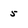
Character: 5